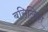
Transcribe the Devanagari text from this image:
बसिलिका